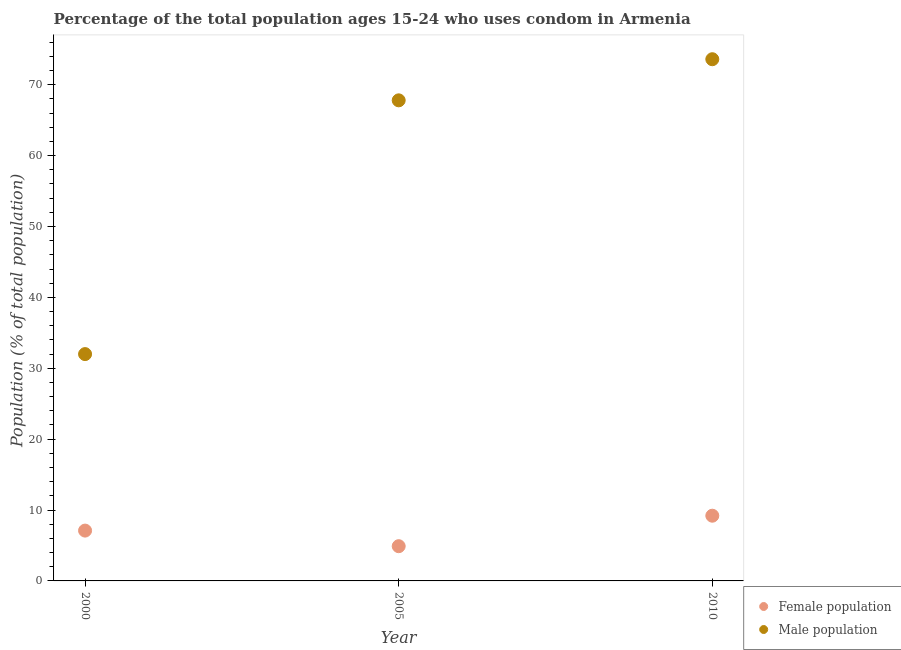
| Year | Female population | Male population |
 | --- | --- | --- |
 | 2000 | 7.1 | 32 |
 | 2005 | 4.9 | 67.8 |
 | 2010 | 9.2 | 73.6 |